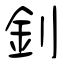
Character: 釗